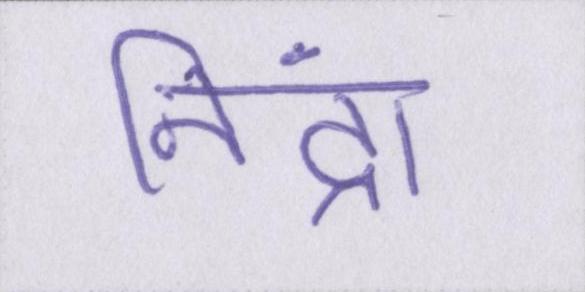
निंद्रा